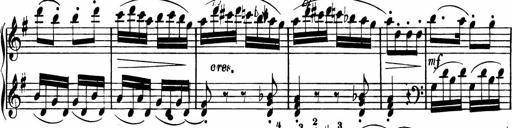
Title: Rosen ohne Dornen
Composer: Gustav Lange